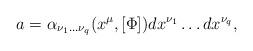
LaTeX: \begin{align*}a = \alpha_{\nu_1 \ldots \nu_q}(x^\mu,[\Phi]) dx^{\nu_1} \ldots dx^{\nu_q},\end{align*}